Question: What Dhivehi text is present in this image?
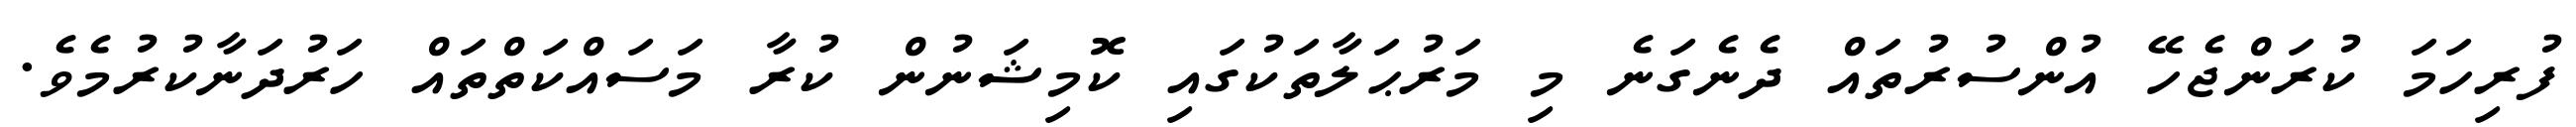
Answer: ފުރިހަމަ ކުރަންޖެހޭ އުންސުރުތައް ދެނެގަނެ މި މަރުޙަލާތަކުގައި ކޮމިޝަނުން ކުރާ މަސައްކަތްތައް ހަރުދަނާކުރުމެވެ.